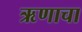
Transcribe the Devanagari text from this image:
ऋणाचा